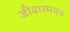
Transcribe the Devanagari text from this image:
जीवाश्ममय